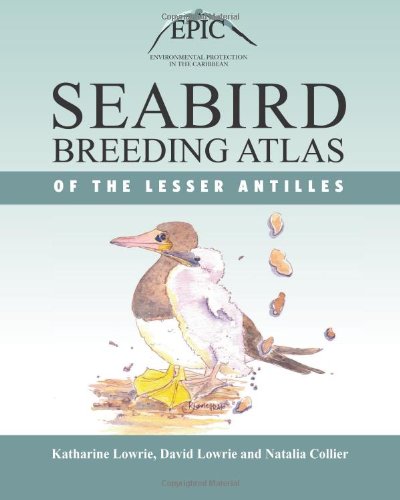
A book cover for Seabird Breeding Atlas of the Lesser Antilles; Katharine Lowrie; Travel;